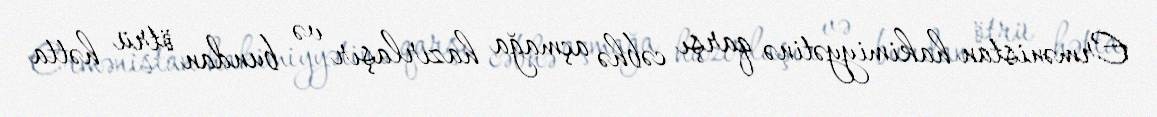
Ermənistan hakimiyyətinə qarşı cəbhə açmağa hazırlaşır və bundan ötrü hətta